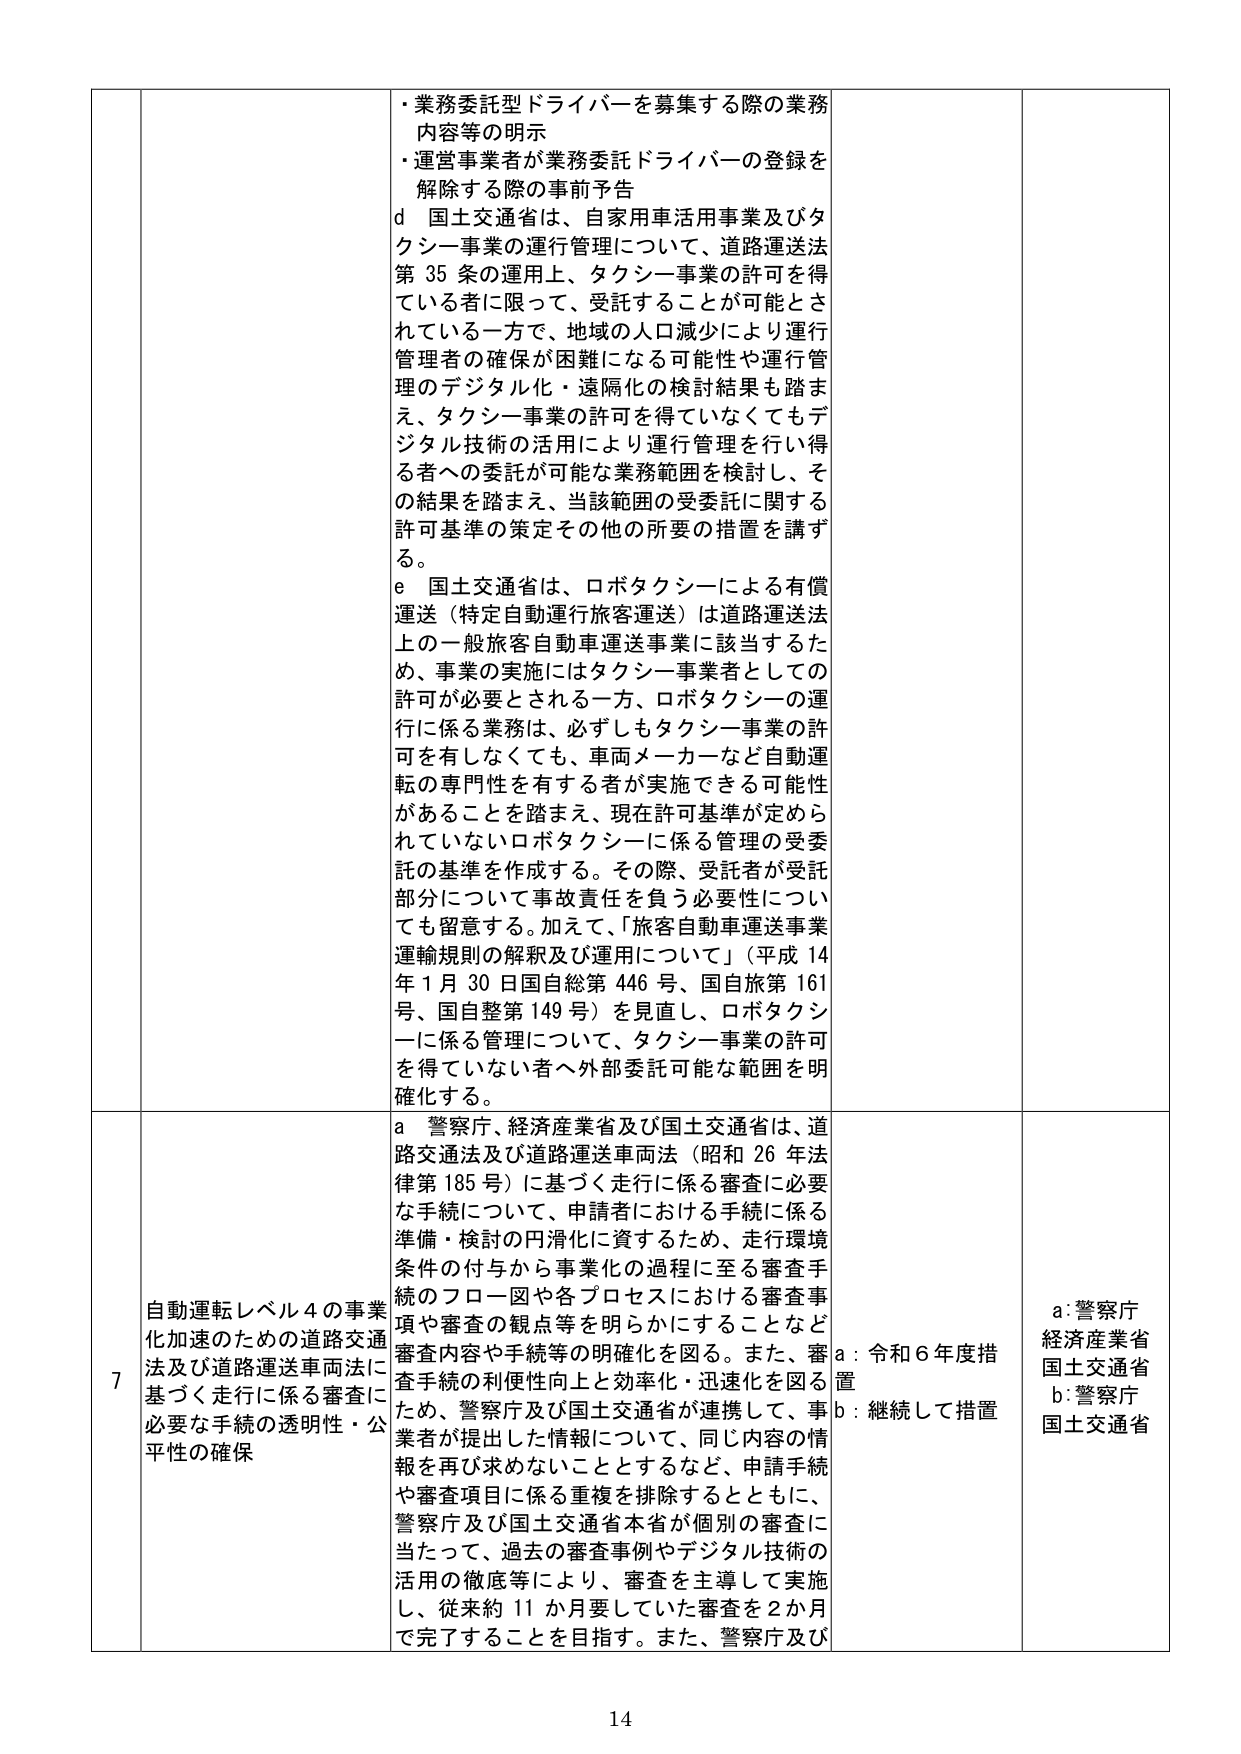
・業務委託型ドライバーを募集する際の業務内容等の明示
・運営事業者が業務委託ドライバーの登録を解除する際の事前予告

d 国土交通省は、自家用車活用事業及びタクシー事業の運行管理について、道路運送法第35条の運用上、タクシー事業の許可を得ている者に限って、受託することが可能とされている一方で、地域の人口減少により運行管理者の確保が困難になる可能性や運行管理のデジタル化・遠隔化の検討結果も踏まえ、タクシー事業の許可を得ていなくてもデジタル技術の活用により運行管理を行い得る者への委託が可能な業務範囲を検討し、その結果を踏まえ、当該範囲の受委託に関する許可基準の策定その他の所要の措置を講ずる。

e 国土交通省は、ロボタクシーによる有償運送（特定自動運行旅客運送）は道路運送法上の一般旅客自動車運送事業に該当するため、事業の実施にはタクシー事業者としての許可が必要とされる一方、ロボタクシーの運行に係る業務は、必ずしもタクシー事業の許可を有しなくても、車両メーカーなど自動運転の専門性を有する者が実施できる可能性があることを踏まえ、現在許可基準が定められていないロボタクシーに係る管理の受委託の基準を作成する。その際、受託者が受託部分について事故責任を負う必要性についても留意する。加えて、「旅客自動車運送事業運輸規則の解釈及び運用について」（平成14年1月30日国自総第446号、国自旅第161号、国自整第149号）を見直し、ロボタクシーに係る管理について、タクシー事業の許可を得ていない者へ外部委託可能な範囲を明確化する。

7 自動運転レベル4の事業化加速のための道路交通法及び道路運送車両法に基づく走行に係る審査に必要な手続の透明性・公平性の確保

a 警察庁、経済産業省及び国土交通省は、道路交通法及び道路運送車両法（昭和26年法律第185号）に基づく走行に係る審査に必要な手続について、申請者における手続に係る準備・検討の円滑化に資するため、走行環境条件の付与から事業化の過程に至る審査手続のフロー図や各プロセスにおける審査事項や審査の観点等を明らかにすることなど審査内容や手続等の明確化を図る。また、審査手続の利便性向上と効率化・迅速化を図るため、警察庁及び国土交通省が連携して、事業者が提出した情報について、同じ内容の情報を再び求めないこととするなど、申請手続や審査項目に係る重複を排除するとともに、警察庁及び国土交通省本省が個別の審査に当たって、過去の審査事例やデジタル技術の活用の徹底等により、審査を主導して実施し、従来約11か月要していた審査を2か月で完了することを目指す。また、警察庁及び

a：令和6年度措置
b：継続して措置

a：警察庁
経済産業省
国土交通省
b：警察庁
国土交通省

14